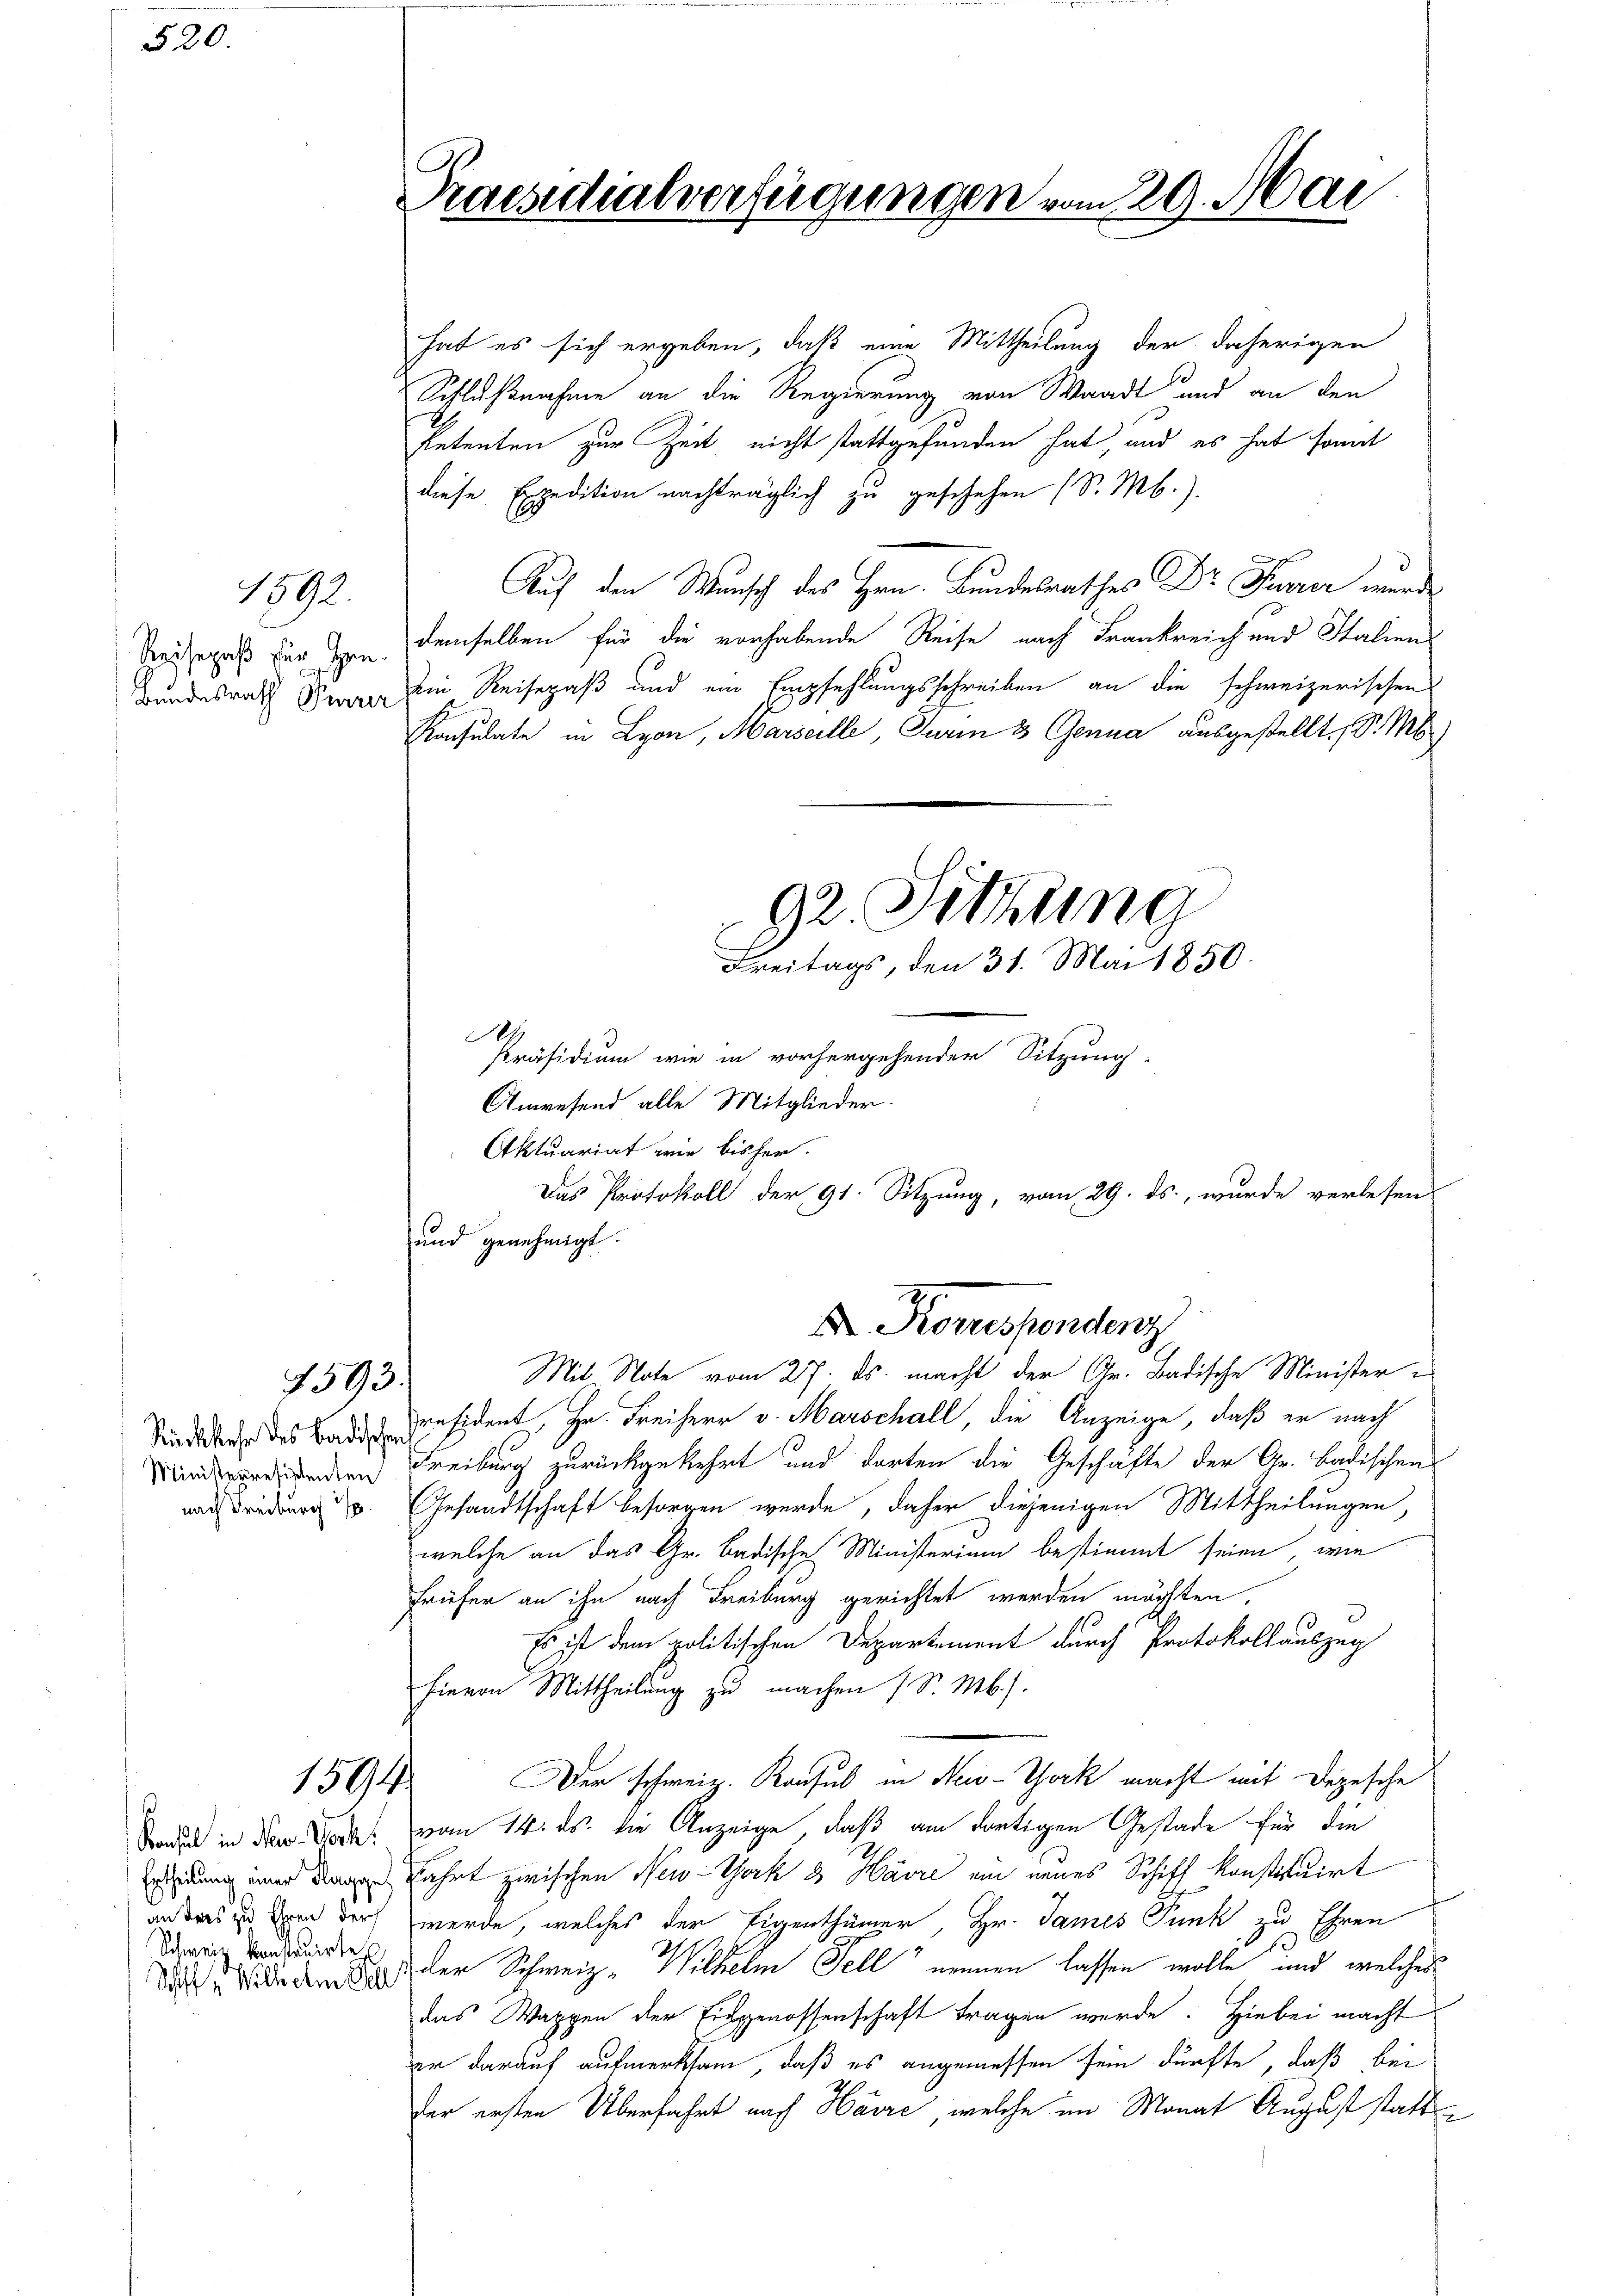
520.

Bundesrath Gurrer

1592.

4593.

1594

Schweiz konstruirte

hat es sich ergeben, daß eine Mittheilung der daherigen
Schlußnahme an die Regierung von Waadt und an den
Petenten zur Zeit nicht stattgefunden hat, und es hat somit
diese Expedition nachträglich zu geschehen (S. M.).
Auf den Wunsch des Hrn. Bundesrathes Dr Feurer wurde
Reisepaß für demselben für die vorhabende Reise nach Frankreich und Italien
Ein Reisepaß und ein Empfehlungsschreiben an die schweizerischen
Konsulate in Lyon, Marseille, Turin 3 Genua ausgestellt, d. M.
1.
Präsidium wie in vorhergehender Sitzung
Anwesend alle Mitglieder.
Aktuariat wie bisher.
Das Protokoll der 91. Sitzung, vom 29. ds., wurde verlesen
und genehmigt.
2
M. Korrespondenz
Mit Note vom 27. ds. macht der Gr. Badische Minister-
Sind des Präsident, Hr. Freiherr v. Marschall, die Anzeige, daß er nach
Wind verdirenden Freiburg zurückgekehrt und darten die Geschäfte der Gr. Badischen
nach redur. Gesandtschaft besorgen werde, daher diejenigen Mittheilungen,
welche an das Gr. Badische Ministerium bestimmt seien, wie
Früfer an ihn nach Freiburg gerichtet werden möchten,
Es ist dem politischen Departement durch Protokollauszug
hievon Mittheilung zu machen (S. M.).
Der schweiz. Konsul in New-York macht mit Depesche
Standen in dem Todes vom 14. ds. die Anzeige, daß am dortigen Gestade für die
 Fahrt zwischen New-York 8 Havre ein neues Schiff konstituirt
anders in den der werde, welches der Eigenthümer, Hr. James Funk zu Ehren
dass die dem ich der Schweiz. Wilhelm Tell“ nennen lassen wolle, und welches
das Wappen der Eidgenossenschaft tragen werde. Hiebei macht
er darauf aufmerksam, daß es angemessen sein dürfte, daß bei
der ersten Überfahrt nach Havre, welche im Monat August statt¬

Praesidialverfügungen vom 29. Mai

92. Sitzung
Freitags, den 31. Mai 1850.